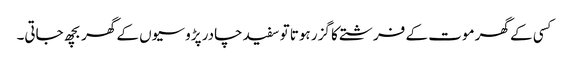
کسی کے گھر موت کے فرشتے کا گزر ہوتا تو سفید چادر پڑوسیوں کے گھر بچھ جاتی۔